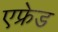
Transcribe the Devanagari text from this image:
एफ्रेड